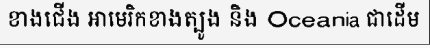
ខាងជើង អាមេរិកខាងត្បូង និង Oceania ជាដើម